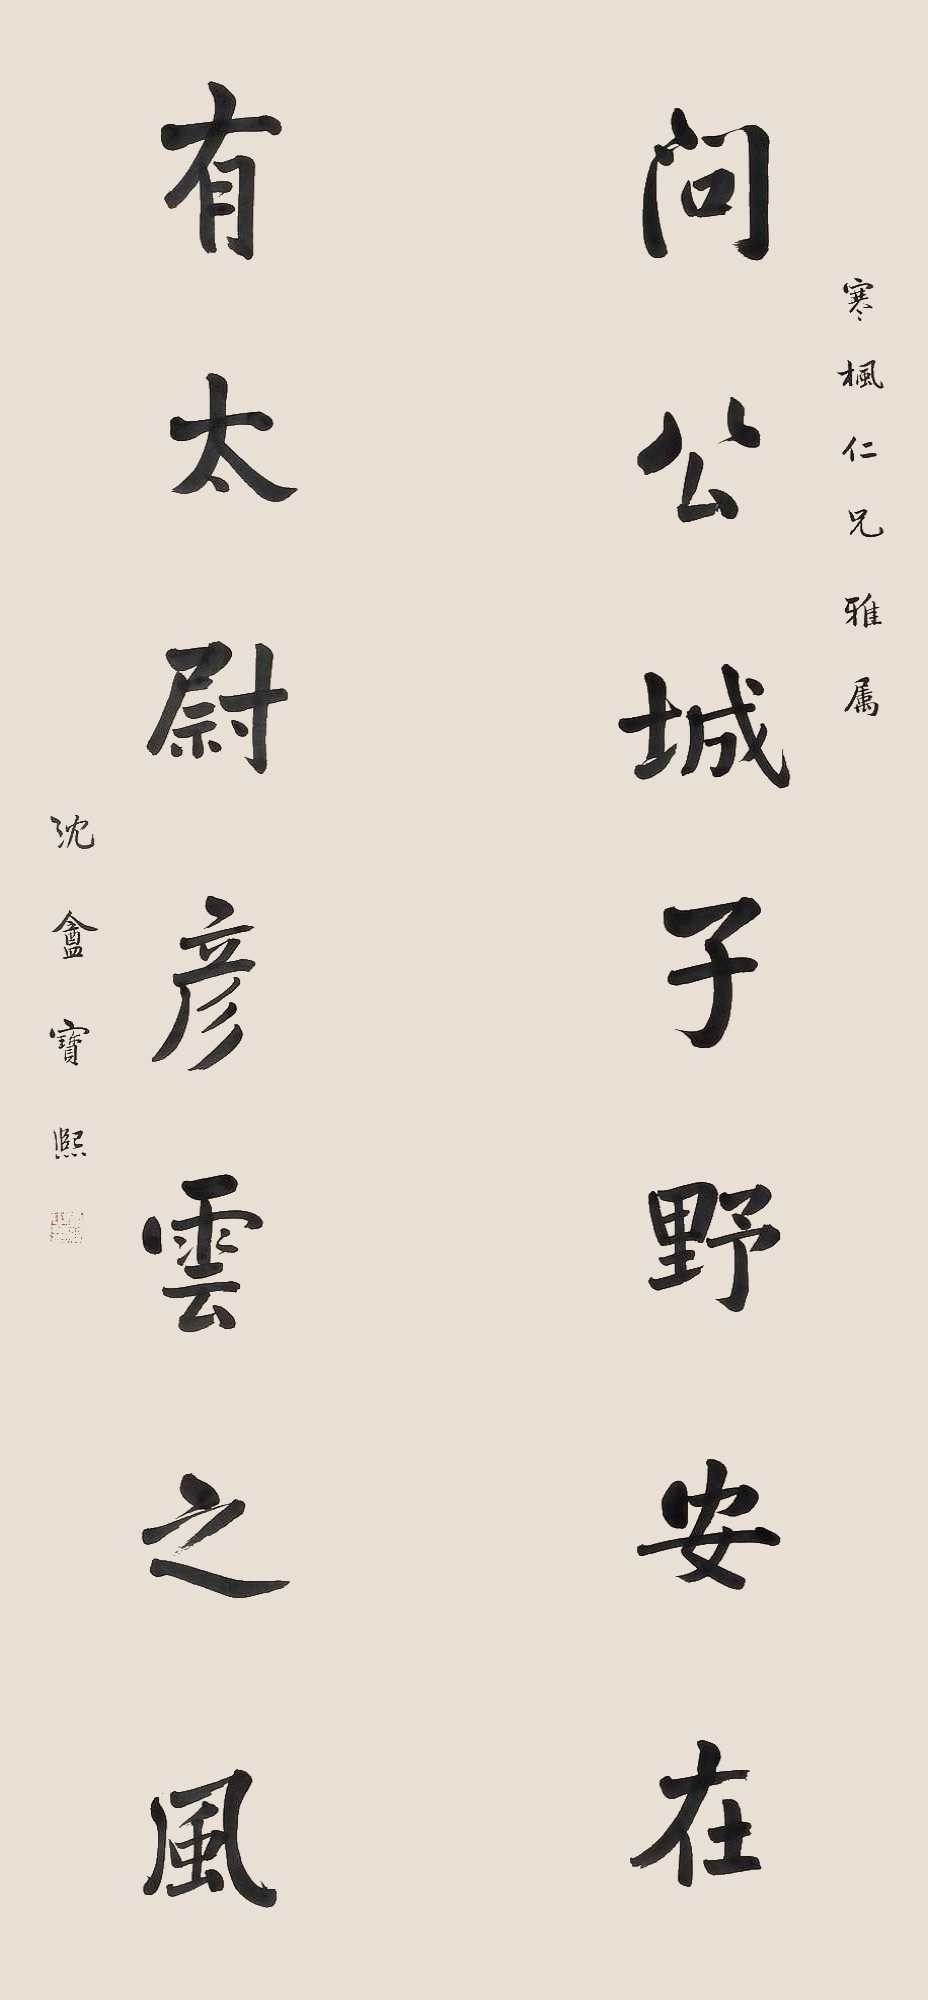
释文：问公城子野安在，有太尉彦云之风。寒枫仁兄雅属，沈盦宝熙。